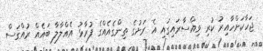
ޖަހާކަށްހާއިރު ކުރި ވިއްސާރައިގައި އެ ރަށުގެ ތިންގެއެއްގެ ފުރާޅު އެއްލާލާ ބައެއް ރުއްގަސް